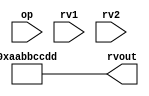
module alu32(
    input [5:0] op,      // some input encoding of your choice
    input [31:0] rv1,    // First operand
    input [31:0] rv2,    // Second operand
    output [31:0] rvout  // Output value
);

    assign rvout = 'haabbccdd;

endmodule